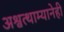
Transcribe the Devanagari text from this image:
अश्वत्थाम्यानेही